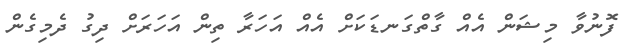
ފޮނުވާ މިޝަން އެއް ގާތްގަނޑަކަށް އެއް އަހަރާ ތިން އަހަރަށް ދިގު ދެމިގެން